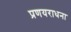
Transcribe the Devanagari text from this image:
प्रणयराधना